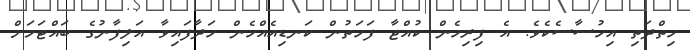
ހިތްދަތި އިހުސާސެކެވެ. އެ ފިރިހެން ކުއްޖާ ފަހަތުން ކަނޑިއެއްހެން ހަދާފައިވާ އަލިފާނުގެ ބައްޓަމަށް